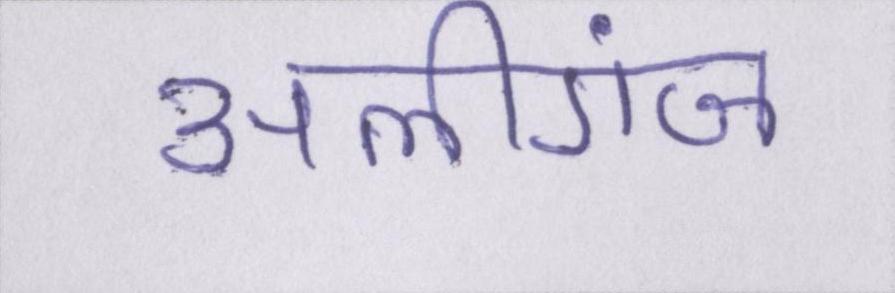
अलीगंज